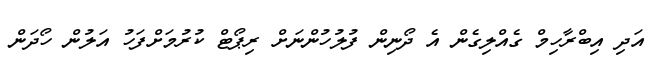
އަދި އިބްރާހިމް ގެއްލިގެން އެ ދޯނިން ފުލުހުންނަށް ރިޕޯޓް ކުރުމަށްފަހު އަލުން ހޯދަން